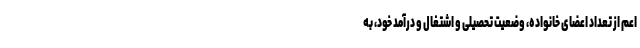
اعم از تعداد اعضای خانواده، وضعیت تحصیلی و اشتغال و درآمد خود، به